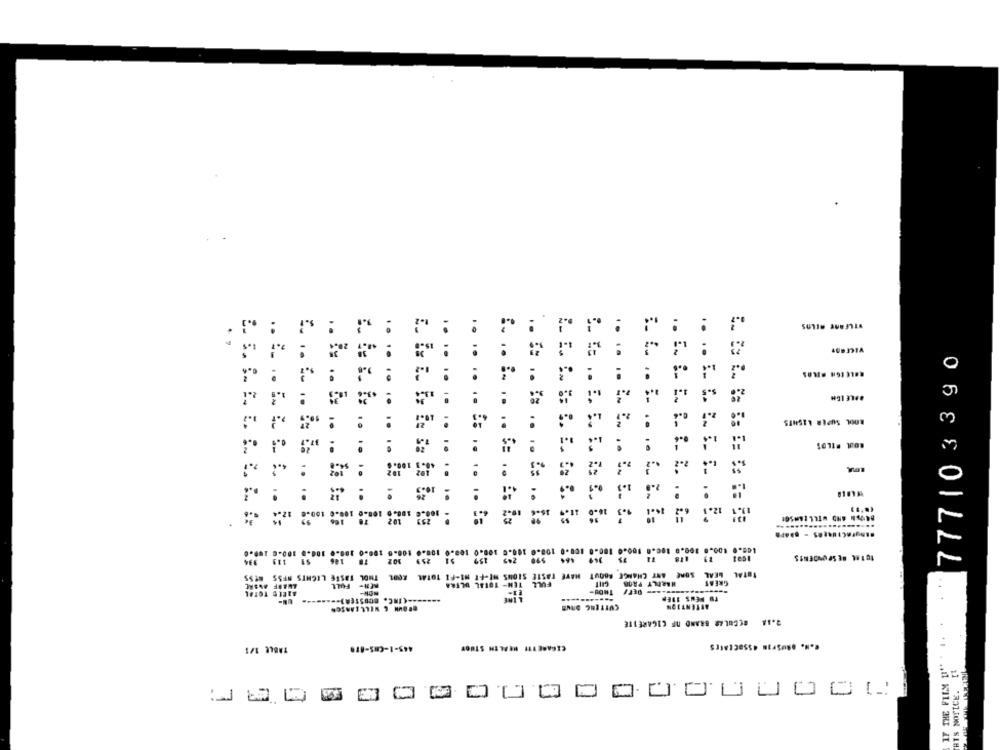
..
. ,
777103390
BPLE ICH
:
:
SINSTY Bons 1001
il
"
201
. .. . .. . . .. ..
..
.. .. .. . .. .. In $=
.. .. .. .. == .. .. ..
.. .... .. .. $= .. É= =
... . ... .. ... .. I:
.... EE EEE. .. 5.
VEE FI!
test
TOTAL
SSAN SSAN SIN917 31561 TOMA 1007 WIOL IJ-IN 14-16 50015 31501 347H 10099 32 9H3 19 05 779
MEN- FULL
HARILY PROB
GREAT
1#101 413E7
-Rom1 /130 -----
TO PENS 11EP
2.14 REGULAR BRAND NF CIGARETTE
THIS NOTICE. IT